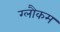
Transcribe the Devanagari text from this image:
ग्लौकम